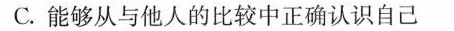
C.能够从与他人的比较中正确认识自己